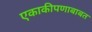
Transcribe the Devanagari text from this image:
एकाकीपणाबाबत